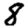
Digit: 8